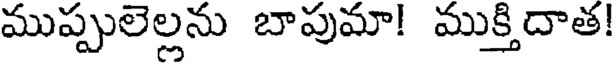
ముప్పులెల్లను బాపుమా! ముక్తిదాత!